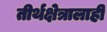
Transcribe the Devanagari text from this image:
तीर्थक्षेत्रालाही